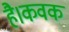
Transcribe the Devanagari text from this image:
है।कवक